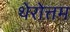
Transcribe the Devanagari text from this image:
थेरोत्तम